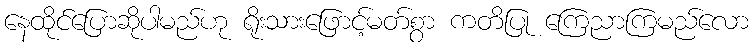
နေထိုင်ပြောဆိုပါမည်ဟု ရိုးသားဖြောင့်မတ်စွာ ကတိပြု ကြေညာကြမည်လော